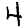
Digit: 4